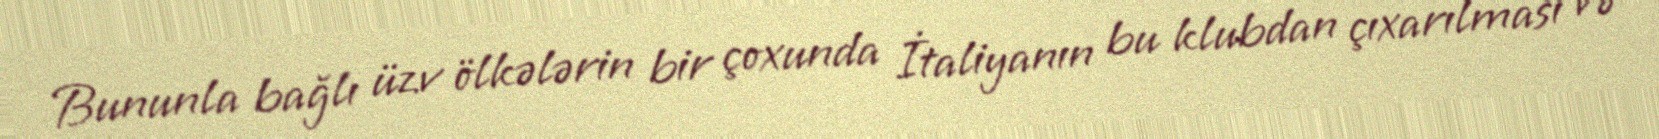
Bununla bağlı üzv ölkələrin bir çoxunda İtaliyanın bu klubdan çıxarılması və